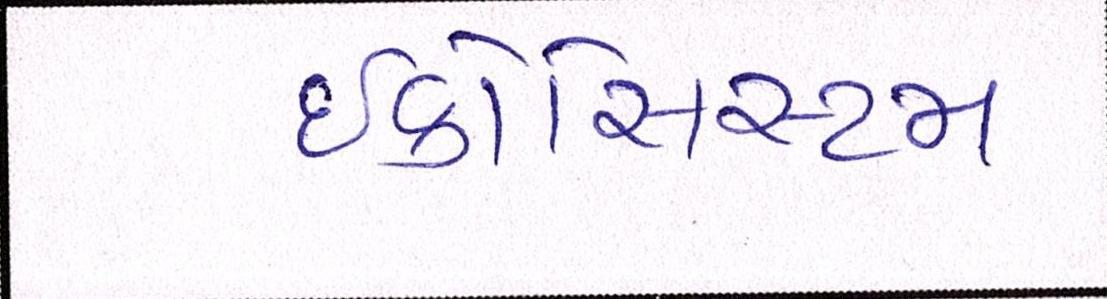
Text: ઇકોસિસ્ટમ